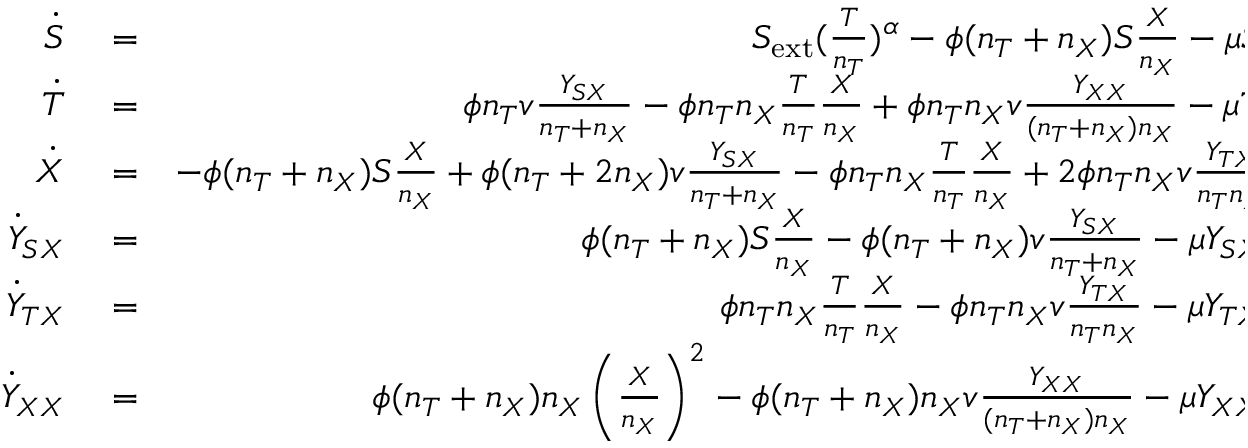
\begin{array} { r l r } { \dot { S } } & { { } = } & { S _ { \mathrm { e x t } } ( \frac { T } { n _ { T } } ) ^ { \alpha } - \phi ( n _ { T } + n _ { X } ) S \frac { X } { n _ { X } } - \mu S , } \\ { \dot { T } } & { { } = } & { \phi n _ { T } v \frac { Y _ { S X } } { n _ { T } + n _ { X } } - \phi n _ { T } n _ { X } \frac { T } { n _ { T } } \frac { X } { n _ { X } } + \phi n _ { T } n _ { X } v \frac { Y _ { X X } } { ( n _ { T } + n _ { X } ) n _ { X } } - \mu T , } \\ { \dot { X } } & { { } = } & { - \phi ( n _ { T } + n _ { X } ) S \frac { X } { n _ { X } } + \phi ( n _ { T } + 2 n _ { X } ) v \frac { Y _ { S X } } { n _ { T } + n _ { X } } - \phi n _ { T } n _ { X } \frac { T } { n _ { T } } \frac { X } { n _ { X } } + 2 \phi n _ { T } n _ { X } v \frac { Y _ { T X } } { n _ { T } n _ { X } } } \\ { \dot { Y } _ { S X } } & { { } = } & { \phi ( n _ { T } + n _ { X } ) S \frac { X } { n _ { X } } - \phi ( n _ { T } + n _ { X } ) v \frac { Y _ { S X } } { n _ { T } + n _ { X } } - \mu Y _ { S X } , } \\ { \dot { Y } _ { T X } } & { { } = } & { \phi n _ { T } n _ { X } \frac { T } { n _ { T } } \frac { X } { n _ { X } } - \phi n _ { T } n _ { X } v \frac { Y _ { T X } } { n _ { T } n _ { X } } - \mu Y _ { T X } , } \\ { \dot { Y } _ { X X } } & { { } = } & { \phi ( n _ { T } + n _ { X } ) n _ { X } \left( \frac { X } { n _ { X } } \right) ^ { 2 } - \phi ( n _ { T } + n _ { X } ) n _ { X } v \frac { Y _ { X X } } { ( n _ { T } + n _ { X } ) n _ { X } } - \mu Y _ { X X } . } \end{array}